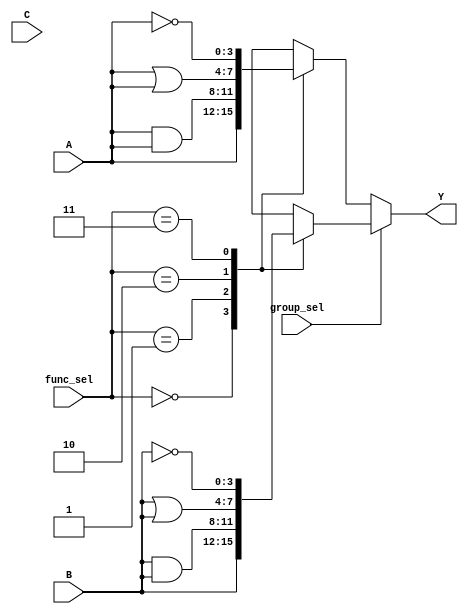
module AdjacencyGroups (
    input wire [3:0] A,        // Group 1 Inputs
    input wire [3:0] B,        // Group 2 Inputs
    input wire [3:0] C,        // Group 3 Inputs
    input wire [1:0] func_sel, // Function select for each group
    input wire group_sel,       // Select which group to output
    output wire [3:0] Y        // Output
);

// Function Definitions
function [3:0] logic_function;
    input [3:0] inputs;
    input [1:0] func_sel;
    begin
        case (func_sel)
            2'b00: logic_function = inputs;         // Pass-through
            2'b01: logic_function = inputs & inputs; // AND
            2'b10: logic_function = inputs | inputs; // OR
            2'b11: logic_function = ~inputs;        // NOT
            default: logic_function = 4'b0000;      // Default
        endcase
    end
endfunction

// Group Outputs
wire [3:0] group1_out;
wire [3:0] group2_out;
wire [3:0] group3_out;

// Compute outputs for each group
assign group1_out = logic_function(A, func_sel);
assign group2_out = logic_function(B, func_sel);
assign group3_out = logic_function(C, func_sel);

// Output Selection Logic
assign Y = (group_sel == 1'b0) ? group1_out :
           (group_sel == 1'b1) ? group2_out :
           group3_out; // Default to group 3 if group_sel is not 0 or 1

endmodule